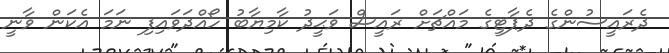
ދެރައީސުންގެ ދެޕާޓީގެ މައްޗަށް ރައީސް ވަޙީދު ކާމިޔާބު ހޯއްދަވައިފި ނަމަ އެކަން ވާނީ